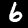
Digit: 6